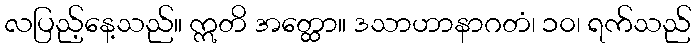
လပြည့်နေ့သည်။ ဣတိ အတ္ထော။ ဒသာဟာနာဂတံ၊ ၁၀၊ ရက်သည်